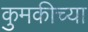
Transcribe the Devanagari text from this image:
कुमकीच्या